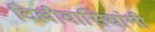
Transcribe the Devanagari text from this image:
दिल्लीवासियांनी